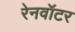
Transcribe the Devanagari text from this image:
रेनवॉटर